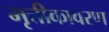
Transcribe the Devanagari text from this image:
मृत्तीकावरण